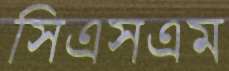
সিএসএম